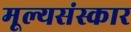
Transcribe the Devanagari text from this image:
मूल्यसंस्कार